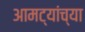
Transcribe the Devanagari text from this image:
आमट्यांच्या